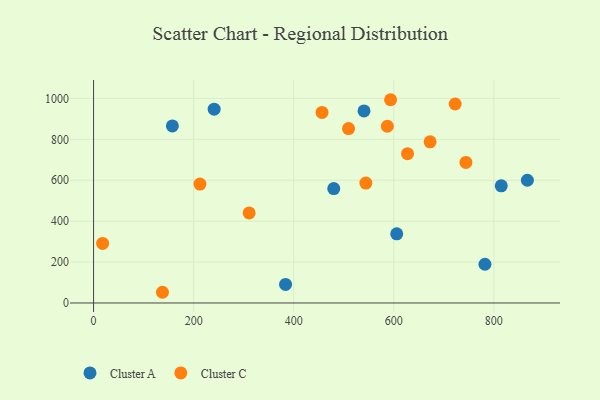
{"axis": {"x": "Price", "y": "Profit"}, "legend": ["Cluster A", "Cluster C"], "data": [{"x": "241.0", "y": 947.4, "type": "Cluster A"}, {"x": "157.5", "y": 865.5, "type": "Cluster A"}, {"x": "480.0", "y": 559.4, "type": "Cluster A"}, {"x": "782.2", "y": 189.2, "type": "Cluster A"}, {"x": "383.7", "y": 90.7, "type": "Cluster A"}, {"x": "540.5", "y": 938.6, "type": "Cluster A"}, {"x": "867.0", "y": 600.0, "type": "Cluster A"}, {"x": "814.8", "y": 572.7, "type": "Cluster A"}, {"x": "605.9", "y": 337.8, "type": "Cluster A"}, {"x": "544.2", "y": 586.3, "type": "Cluster C"}, {"x": "627.5", "y": 729.8, "type": "Cluster C"}, {"x": "744.2", "y": 687.2, "type": "Cluster C"}, {"x": "456.6", "y": 931.6, "type": "Cluster C"}, {"x": "137.7", "y": 52.3, "type": "Cluster C"}, {"x": "672.6", "y": 787.6, "type": "Cluster C"}, {"x": "212.6", "y": 581.4, "type": "Cluster C"}, {"x": "509.6", "y": 852.6, "type": "Cluster C"}, {"x": "310.9", "y": 440.0, "type": "Cluster C"}, {"x": "593.6", "y": 993.5, "type": "Cluster C"}, {"x": "587.1", "y": 863.8, "type": "Cluster C"}, {"x": "18.1", "y": 291.2, "type": "Cluster C"}, {"x": "722.7", "y": 972.6, "type": "Cluster C"}]}